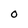
Character: 0